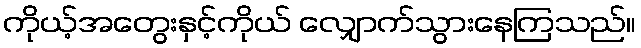
ကိုယ့်အတွေးနှင့်ကိုယ် လျှောက်သွားနေကြသည်။